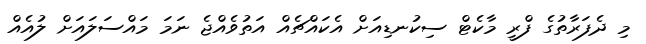
މި ދެފަރާތުގެ ފްރީ މާކެޓް ސިކުނޑިއަށް އެކައްޗެއް އަތުވެއްޖެ ނަމަ މައްސަލައަށް ލުއެއް